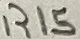
Text: R15